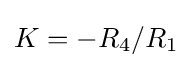
K=-R_{4}/R_{1}